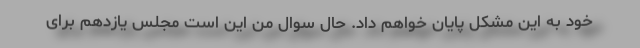
خود به این مشکل پایان خواهم داد. حال سوال من این است مجلس یازدهم برای